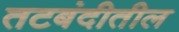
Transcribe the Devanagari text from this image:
तटबंदीतील